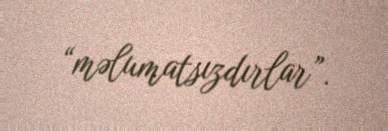
“məlumatsızdırlar”.